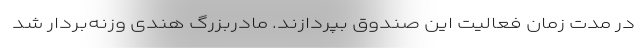
در مدت زمان فعالیت این صندوق بپردازند. مادربزرگ هندی وزنه‌بردار شد